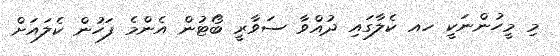
މި މީހުންނަކީ ހއ ކެލާގައި ދުއްވާ ސަވާރީ ބޯޓުން އެންމެ ފަހުން ކެލައަށް